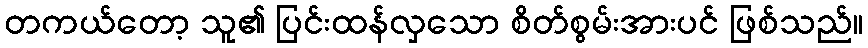
တကယ်တော့ သူ၏ ပြင်းထန်လှသော စိတ်စွမ်းအားပင် ဖြစ်သည်။